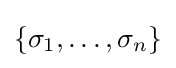
\{\sigma _{1},\dots ,\sigma _{n}\}